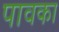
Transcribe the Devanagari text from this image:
पावका